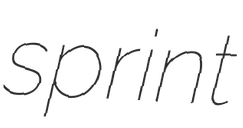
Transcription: sprint